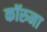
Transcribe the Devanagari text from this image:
कॉरुना